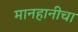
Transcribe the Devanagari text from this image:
मानहानीचा